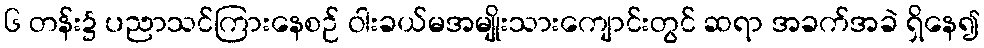
၆ တန်း၌ ပညာသင်ကြားနေစဉ် ဝါးခယ်မအမျိုးသားကျောင်းတွင် ဆရာ အခက်အခဲ ရှိနေ၍